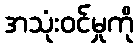
အသုံးဝင်မှုကို